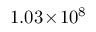
1 . 0 3 \! \times \! 1 0 ^ { 8 }